Lunatic asylums Central Provinces reports 1895-1909 - 1895-1909
Year: 1895
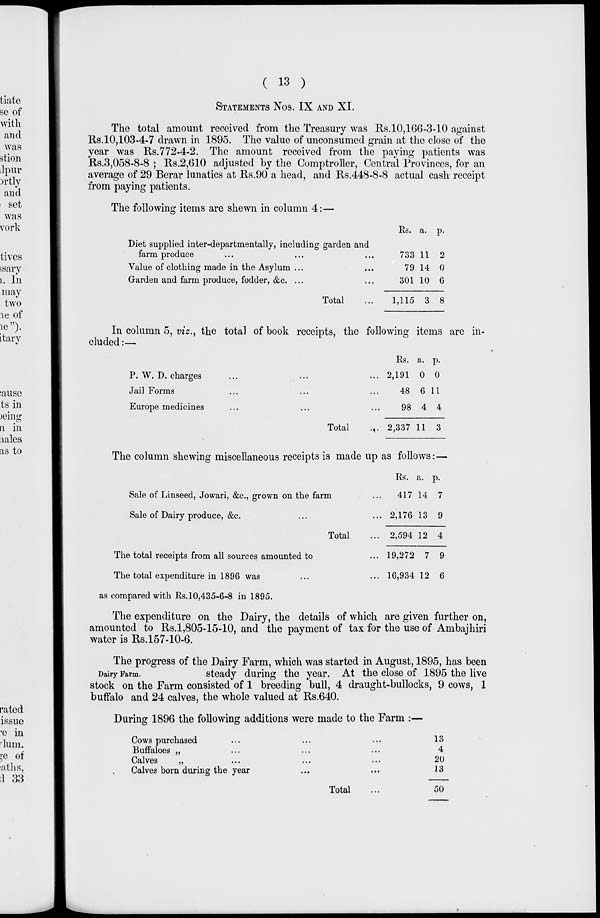
( 13 )
STATEMENTS
Nos. IX AND XI.
The total amount received from the Treasury was Rs.10,166-3-10 against
Rs.10,103-4-7 drawn in 1895. The value of unconsumed grain at the close of the
year was Rs.772-4-2. The amount received from the paying patients was
Rs.3,058-8-8 ; Rs.2,610 adjusted by the Comptroller, Central Provinces, for an
average of 29 Berar lunatics at Rs.90 a head, and Rs.448-8-8 actual cash receipt
from paying patients.
The following items are shewn in column 4:—
Diet supplied inter-departmentally, including garden and
farm produce... ... ...
Value of clothing made in the Asylum ... ...
Garden and farm produce, fodder, &c. ... ...
Total...
Rs.
733
79
301
1,115
a.
11
14
10
3
p.
2
0
6
8
In column 5, viz., the total of book receipts, the following items are in-
cluded :—
P. W. D. charges... ... ...
Jail Forms... ... ...
Europe medicines... ... ...
Total...
Rs.
2,191
48
98
2,337
a.
0
6
4
11
p.
0
11
4
3
The column shewing miscellaneous receipts is made up as follows:—
Sale of Linseed, Jowari, &c, grown on the farm...
Sale of Dairy produce, &c. ... ... ...
Total...
The total receipts from all sources amounted to...
The total expenditure in 1896 was... ...
Rs.
417
2,176
2,594
19,272
16,934
a.
14
13
12
7
12
p.
7
9
4
9
6
as compared with Rs.10,435-6-8 in 1895.
The expenditure on the Dairy, the details of which are given further on,
amounted to Rs.1,805-15-10, and the payment of tax for the use of Ambajhiri
water is Rs.157-10-6.
Dairy Farm.
The progress of the Dairy Farm, which was started in August, 1895, has been
steady during the year. At the close of 1895 the live
stock on the Farm consisted of 1 breeding bull, 4 draught-bullocks, 9 cows, 1
buffalo and 24 calves, the whole valued at Rs.640.
During 1896 the following additions were made to the Farm .:—
Cows purchased... ... ...
Buffaloes „ ... ... ...
Calves
„ ... ... ...
Calves born during the year... ...
Total...
13
4
20
13
50